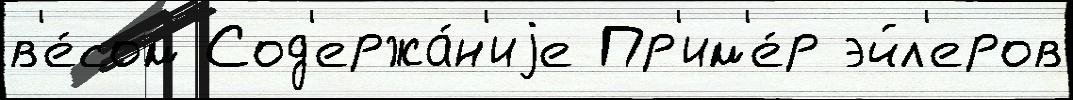
в'е́сом Сод'ержа́н'иjе Пр'им'е́р эйл'еров